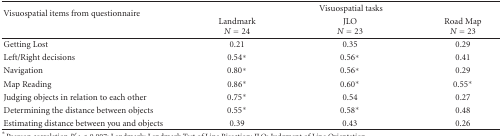
<table><thead><tr><td rowspan="2"><b>Visuospatial items from questionnaire</b></td><td colspan="3"><b>Visuospatial tasks</b></td></tr><tr><td><b>Landmark<i>N</i> = 24</b></td><td><b>JLO<i>N</i> = 23</b></td><td><b>Road Map<i>N</i> = 23</b></td></tr></thead><tbody><tr><td>Getting lost</td><td>0.21</td><td>0.35</td><td>0.29</td></tr><tr><td>Left/Right decisions</td><td>0.54*</td><td>0.56*</td><td>0.41</td></tr><tr><td>Navigation</td><td>0.80*</td><td>0.56*</td><td>0.29</td></tr><tr><td>Map reading</td><td>0.86*</td><td>0.60*</td><td>0.55*</td></tr><tr><td>Judging objects in relation to each other</td><td>0.75*</td><td>0.54</td><td>0.27</td></tr><tr><td>Determining the distance between objects</td><td>0.55*</td><td>0.58*</td><td>0.48</td></tr><tr><td>Estimating distance between you and objects</td><td>0.39</td><td>0.43</td><td>0.26</td></tr></tbody></table>